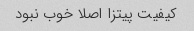
کیفیت پیتزا اصلا خوب نبود